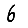
Digit: 6